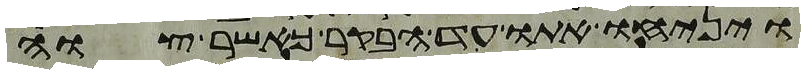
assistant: ויניחו אתו עד הבקר כאשר צוה